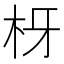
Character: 枒